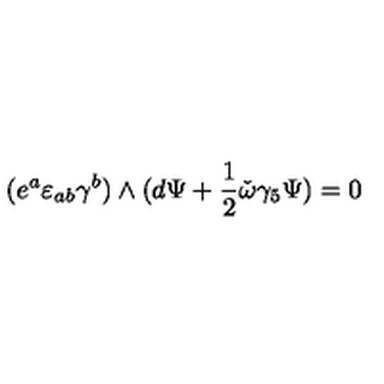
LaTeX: ( e ^ { a } \varepsilon _ { a b } \gamma ^ { b } ) \wedge ( d \Psi + { \frac { 1 } { 2 } } \check { \omega } \gamma _ { 5 } \Psi ) = 0